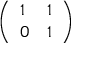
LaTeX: \left( \begin{array} { l l } { 1 } & { 1 } \\ { 0 } & { 1 } \end{array} \right)